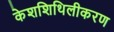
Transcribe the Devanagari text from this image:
केशशिथिलीकरण